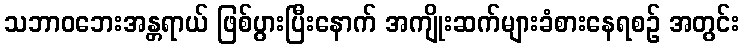
သဘာဝဘေးအန္တရာယ် ဖြစ်ပွားပြီးနောက် အကျိုးဆက်များခံစားနေရစဉ် အတွင်း